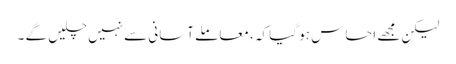
لیکن مجھے احساس ہو گیا کہ ، معاملے آسانی سے نہیں چلیں گے ۔